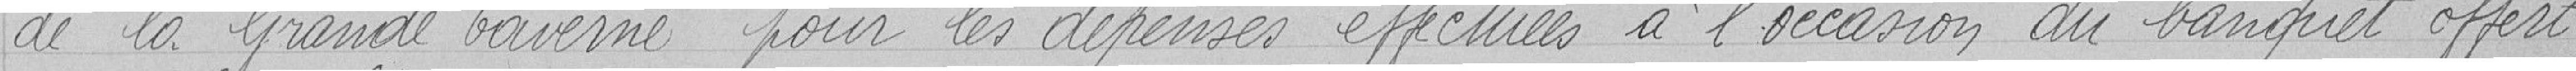
de la Grande Taverne pour les dépenses effectuées à l'occasion du banquet offert